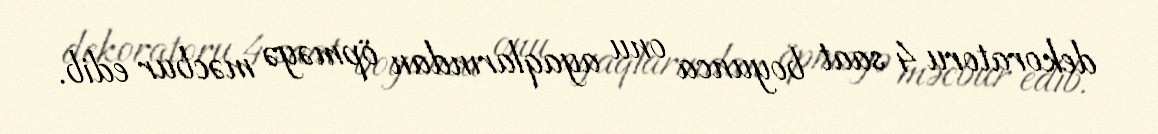
dekoratoru 4 saat boyunca onu ayaqlarından öpməyə məcbur edib.